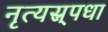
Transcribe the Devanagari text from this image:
नृत्यस्र्पधा